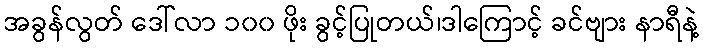
အခွန်လွတ် ဒေါ်လာ ၁၀၀ ဖိုး ခွင့်ပြုတယ်၊ဒါကြောင့် ခင်ဗျား နာရီနဲ့